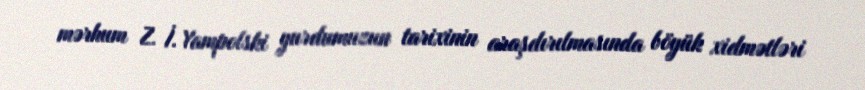
mərhum Z. İ. Yampolski yurdumuzun tarixinin araşdırılmasında böyük xidmətləri